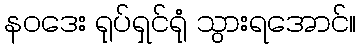
နဝဒေး ရုပ်ရှင်ရုံ သွားရအောင်။